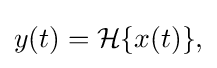
{\textstyle y(t)={\mathcal {H}}\{x(t)\},}